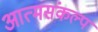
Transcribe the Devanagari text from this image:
आत्मसंकल्प